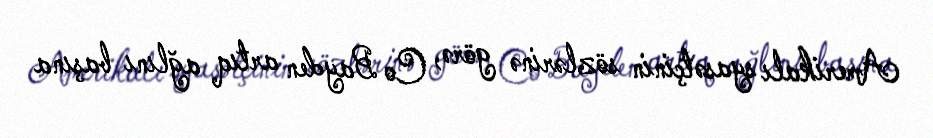
Amerikalı syasətçinin sözlərinə görə, Co Bayden artıq ağlını başına